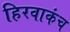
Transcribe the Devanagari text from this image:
हिरवाकंच